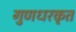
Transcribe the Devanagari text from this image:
गुणधरकृत